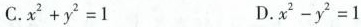
C.$$x ^ { 2 } + y ^ { 2 } = 1$$ D.$$x ^ { 2 } - y ^ { 2 } = 1$$